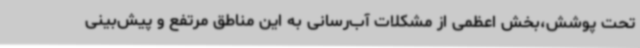
تحت پوشش،بخش اعظمی از مشکلات آب‌رسانی به این مناطق مرتفع و پیش‌بینی